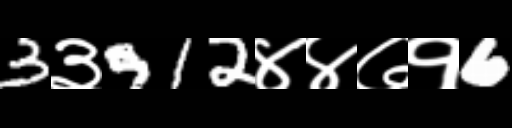
Text: 3३912४४७१6